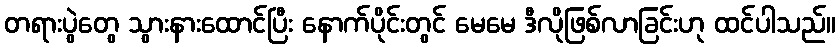
တရားပွဲတွေ သွားနားထောင်ပြီး နောက်ပိုင်းတွင် မေမေ ဒီလိုဖြစ်လာခြင်းဟု ထင်ပါသည်။